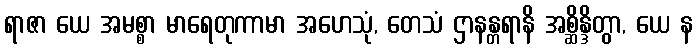
ရာဇာ ယေ အမစ္စာ မာရေတုကာမာ အဟေသုံ, တေသံ ဌာနန္တရာနိ အစ္ဆိန္ဒိတွာ, ယေ န